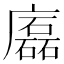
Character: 𢋧